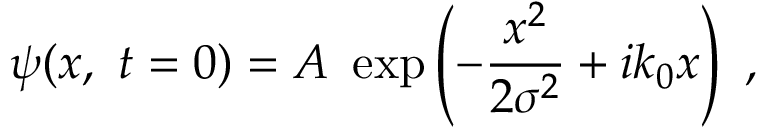
\psi ( x , \ t = 0 ) = A \ \exp \left( - { \frac { x ^ { 2 } } { 2 \sigma ^ { 2 } } } + i k _ { 0 } x \right) \ ,